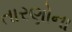
તારણોના